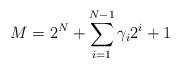
LaTeX: \begin{align*}M=2^{N}+\sum\limits^{N-1}_{i=1}\gamma_{i}2^{i}+1\end{align*}